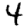
Digit: 4